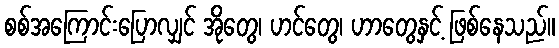
စစ်အကြောင်းပြောလျှင် အိုတွေ၊ ဟင်တွေ၊ ဟာတွေနှင့် ဖြစ်နေသည်။